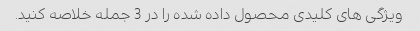
ویژگی های کلیدی محصول داده شده را در 3 جمله خلاصه کنید.